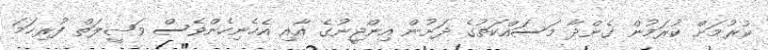
ކުރުމަށް ކުރަމުން ގެންދާ މަސައްކަތުގެ ދަށުން އިންޖީނުގެ އާއި އެހެނިހެންވެސް ވަޞީލަތް ފުރިހަމަ